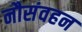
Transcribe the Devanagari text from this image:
नौसंवहन